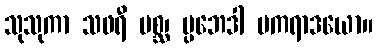
သုသုကာ သဖရီ မစ္ဆ၊ ပ္ပဘေဒါ မကရာဒယော။